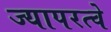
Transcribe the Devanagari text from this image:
ज्यापरत्वे